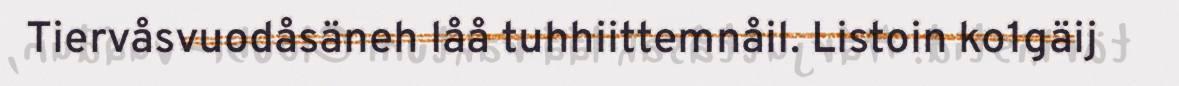
Tiervåsvuodåsäneh låå tuhhiittemnåil. Listoin ko1gäij